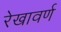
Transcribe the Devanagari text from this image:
रेखावर्ण